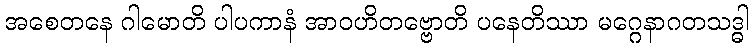
အစေတနေ ဂါမောတိ ပါပကာနံ အာဝဟိတဗ္ဗောတိ ပနေတိဿာ မဂ္ဂေနာဂတသဒ္ဓါ